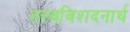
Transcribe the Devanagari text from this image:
तत्त्वविशदनार्थ